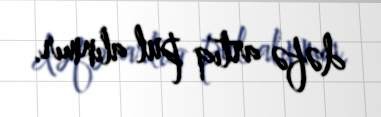
dəfə artıq pul alınmır.